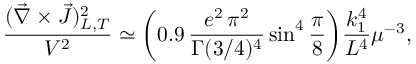
\frac { ( \vec { \nabla } \times \vec { J } ) _ { L , { \cal T } } ^ { 2 } } { V ^ { 2 } } \simeq \biggl ( 0 . 9 \, \frac { e ^ { 2 } \, \pi ^ { 2 } } { \Gamma ( 3 / 4 ) ^ { 4 } } \sin ^ { 4 } { \frac { \pi } { 8 } } \biggr ) \frac { k _ { 1 } ^ { 4 } } { L ^ { 4 } } \mu ^ { - 3 } ,